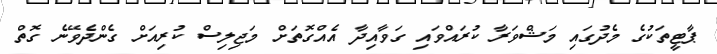
ޕާޓީތަކުގެ މެދުގައި މަޝްވަރާ ކުރައްވައި ގަވާއިދާ އެއްގޮތަށް މަޖިލިސް ކުރިއަށް ގެންދެވޭނެ ގޮތް